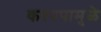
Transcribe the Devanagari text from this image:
कश्यपामुळे